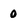
Character: o